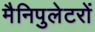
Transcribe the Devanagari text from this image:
मैनिपुलेटरों